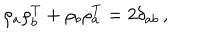
LaTeX: \rho _ { a } \rho _ { b } ^ { T } + \rho _ { b } \rho _ { a } ^ { T } = 2 \delta _ { a b } \, ,